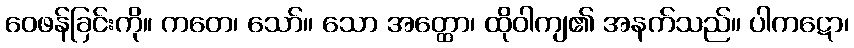
ဝေဖန်ခြင်းကို။ ကတေ၊ သော်။ သော အတ္ထော၊ ထိုဝါကျ၏ အနက်သည်။ ပါကဋော၊